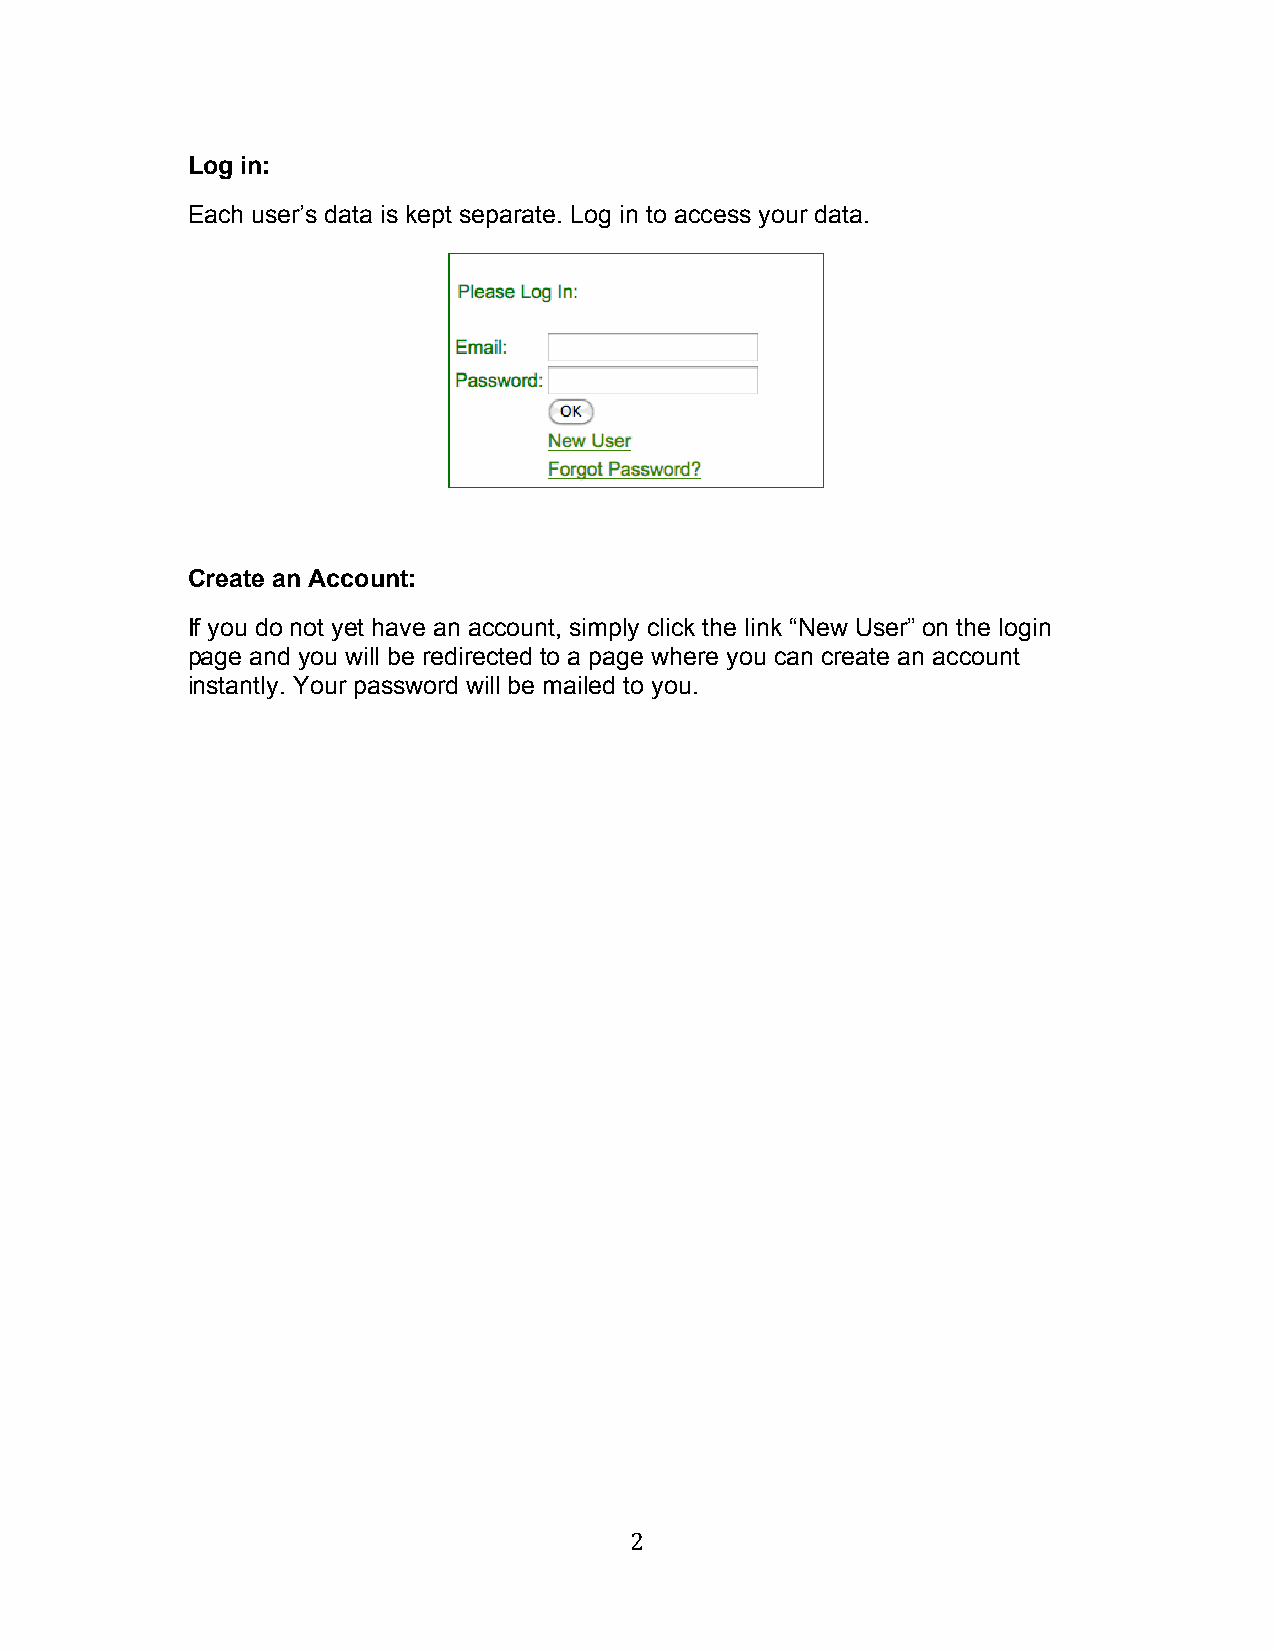
Log in:
 Each user’s data is kept separate. Log in to access your data.
 Create an Account:
 If you do not yet have an account, simply click the link “New User” on the login
 page and you will be redirected to a page where you can create an account
 instantly. Your password will be mailed to you.
 2